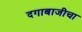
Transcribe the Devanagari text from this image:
दगाबाजीचा